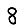
Digit: 8